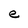
Character: e